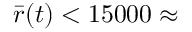
\bar { r } ( t ) < 1 5 0 0 0 \approx